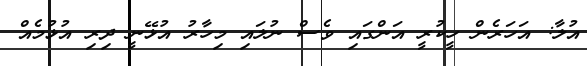
އުލާ: އަހަރެން ހީކުރީ އަންގައި ވެސް ނުލައި މިހާރު އުޅޭނީ ދިރި އުޅުމެއް